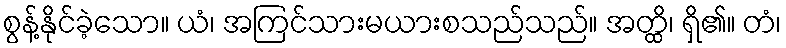
စွန့်နိုင်ခဲ့သော။ ယံ၊ အကြင်သားမယားစသည်သည်။ အတ္ထိ၊ ရှိ၏။ တံ၊